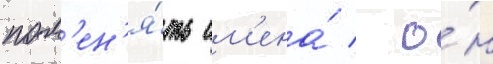
пом'ен'я́ть им'ена́ / о́н